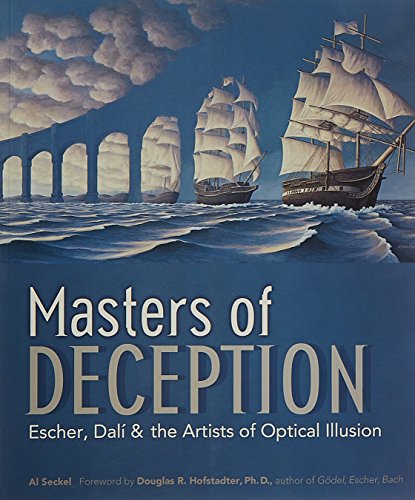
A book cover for Masters of Deception: Escher, DalÃ­ & the Artists of Optical Illusion; Al Seckel; Arts & Photography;